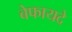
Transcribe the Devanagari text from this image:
बेफायदे